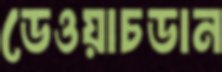
ডেওয়াচডান